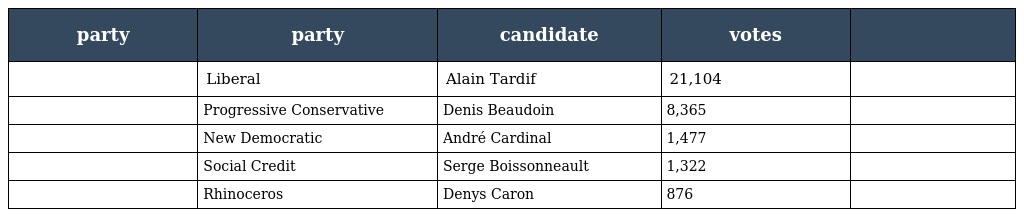
| party | party | candidate | votes |  |
 | --- | --- | --- | --- | --- |
 |  | Liberal | Alain Tardif | 21,104 |  |
 |  | Progressive Conservative | Denis Beaudoin | 8,365 |  |
 |  | New Democratic | André Cardinal | 1,477 |  |
 |  | Social Credit | Serge Boissonneault | 1,322 |  |
 |  | Rhinoceros | Denys Caron | 876 |  |